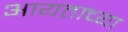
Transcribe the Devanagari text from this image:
आयताच्या